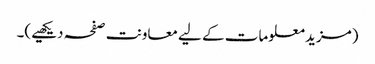
(مزید معلومات کے لیے معاونت صفحہ دیکھیے)۔